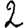
Digit: 2